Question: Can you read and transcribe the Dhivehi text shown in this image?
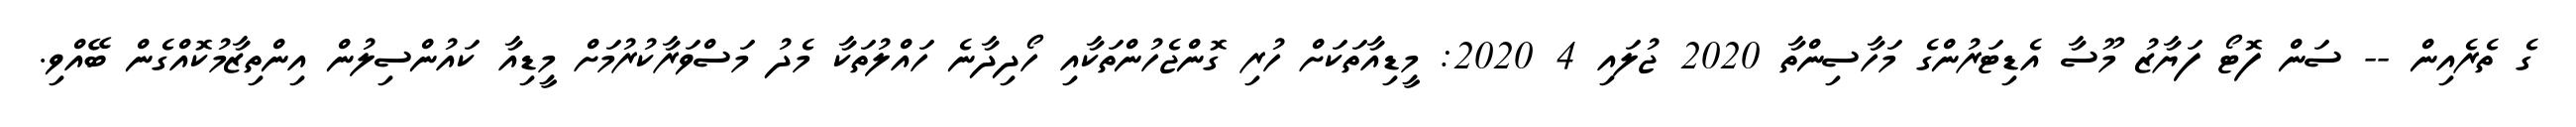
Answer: ގެ ތެރެއިން -- ސަން ފޮޓޯ ފަޔާޒު މޫސާ އެޑިޓަރުންގެ މަހާސިންތާ 2020 ޖުލައި 4 2020: މީޑިއާތަކަށް ހުރި ގޮންޖެހުންތަކާއި ހޯދިދާނެ ހައްލުތަކާ މެދު މަސްވަރާކުރުމަށް މީޑިއާ ކައުންސިލުން އިންތިޒާމުކޮއްގެން ބޭއްވި.